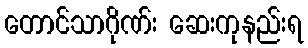
တောင်သာဂိုဏ်း ဆေးကုနည်းရ